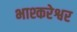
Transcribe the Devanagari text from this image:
भाश्करेश्वर